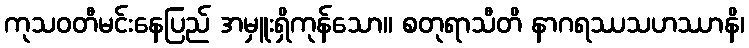
ကုသဝတီမင်းနေပြည် အမှူးရှိကုန်သော။ စတုရာသီတိ နာဂရဿသဟဿာနိ၊